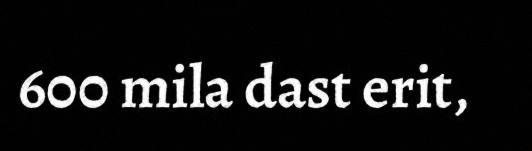
600 mila dast erit,